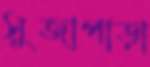
সুজাপাড়া